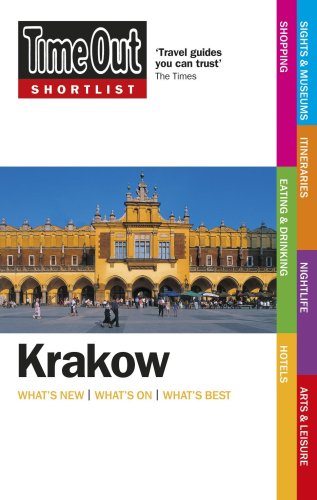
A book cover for Time Out Shortlist Krakow; Travel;